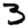
Digit: 3